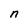
Character: n